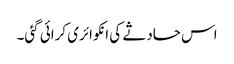
اس حادثے کی انکوائری کرائی گئی۔